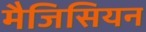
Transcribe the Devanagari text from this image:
मैजिसियन